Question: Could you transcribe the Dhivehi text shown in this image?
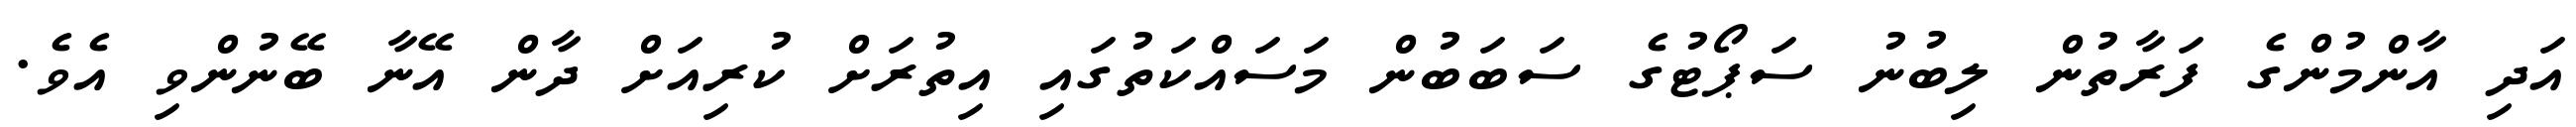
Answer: އަދި އާންމުންގެ ފަރާތުން ލިބުނު ސަޕޯޓުގެ ސަބަބުން މަސައްކަތުގައި އިތުރަށް ކުރިއަށް ދާން އޭނާ ބޭނުންވި އެވެ.